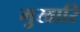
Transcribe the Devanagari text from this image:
मुखारि